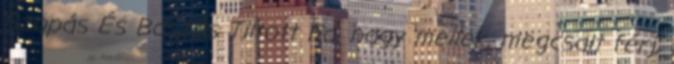
Szopás És Baszás Tiltott Fa. nagy mellek, megcsalt férj,